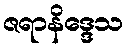
ဇရာနိဒ္ဒေသ